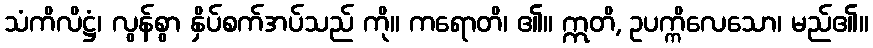
သံကိလိဋ္ဌံ၊ လွန်စွာ နှိပ်စက်အပ်သည် ကို။ ကရောတိ၊ ၏။ ဣတိ, ဥပက္ကိလေသော၊ မည်၏။